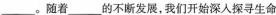
____。随着___的不断发展，我们开始深入探寻生命